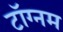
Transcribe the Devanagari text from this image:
टॉग्नम